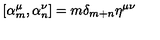
\left[ { \alpha } _ { m } ^ { \mu } , { \alpha } _ { n } ^ { \nu } \right] = m { \delta } _ { m + n } { \eta } ^ { \mu \nu }